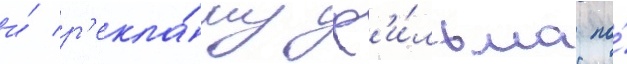
и́ р'екла́му ф'и́льма по́